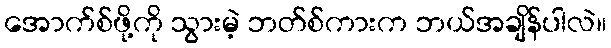
အောက်စ်ဖို့ကို သွားမဲ့ ဘတ်စ်ကားက ဘယ်အချိန်ပါလဲ။